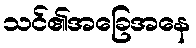
သင်၏အခြေအနေ